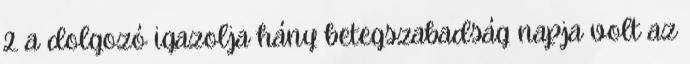
2. a dolgozó igazolja hány betegszabadság napja volt az